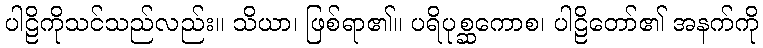
ပါဠိကိုသင်သည်လည်း။ သိယာ၊ ဖြစ်ရာ၏။ ပရိပုစ္ဆကောစ၊ ပါဠိတော်၏ အနက်ကို